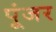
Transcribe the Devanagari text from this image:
पूंजर